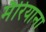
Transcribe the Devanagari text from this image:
मैरियाना